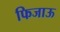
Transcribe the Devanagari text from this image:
फिजाऊ